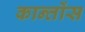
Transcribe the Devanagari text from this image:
कान्तोंस